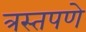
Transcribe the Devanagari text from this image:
त्रस्तपणे